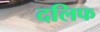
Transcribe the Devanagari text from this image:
दलिफ